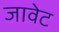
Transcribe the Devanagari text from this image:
जावेट